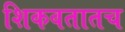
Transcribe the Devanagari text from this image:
शिकवतातच